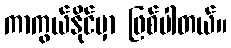
ကာကွယ်နိုင်မှာ ဖြစ်ပါတယ်။